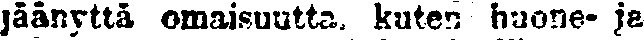
jäänyttä omaisuutta, kuten huone- je